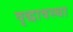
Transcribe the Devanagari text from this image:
वृद्धावस्‍था